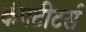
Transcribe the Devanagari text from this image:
कंपटीटर्स